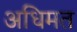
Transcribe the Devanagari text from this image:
अधिमत